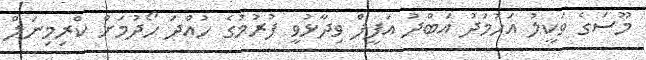
މޫސަގެ ވަކީލު އަހުމަދު އަބްދު އަފީފް ވިދާޅުވީ ފުރުމުގެ ހުއްދަ ހޯދުމަށް ކްރިމިނަލް